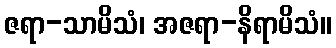
ဇရာ-သာမိသံ၊ အဇရာ-နိရာမိသံ။